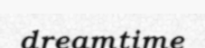
dreamtime